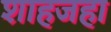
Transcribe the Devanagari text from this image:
शाहजहा